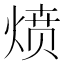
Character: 𰞻